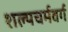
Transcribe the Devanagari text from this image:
शल्यचर्मवर्ग